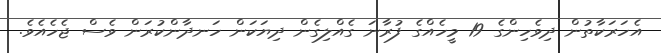
އެހަރަކާތުން ދިވެހިންގެ 19 މީހެއްގެ ފުރާނަ ގެއްލިގެން ދިޔަކަން ހަނދާންކުރަން ވެސް ޖެހެއެވެ.